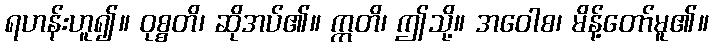
ရဟန်းဟူ၍။ ဝုစ္စတိ၊ ဆိုအပ်၏။ ဣတိ၊ ဤသို့။ အဝေါစ၊ မိန့်တော်မူ၏။